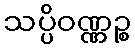
သပ္ပိဝဏ္ဏဉ္စ